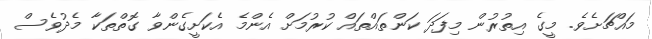
މައްޗަށެވެ. މީގެ އިތުރުން މިފަދަ ކަންތައްތައް ކުރުމަށް އެންމެ އެކަށީގެންވާ ގޮތްތަކާ މެދުވެސް